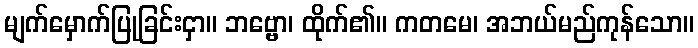
မျက်မှောက်ပြုခြင်းငှာ။ ဘဗ္ဗော၊ ထိုက်၏။ ကတမေ၊ အဘယ်မည်ကုန်သော။